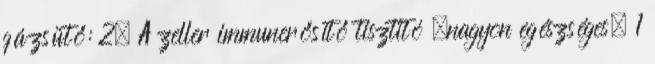
gázsütő: 2. A zeller immunerősítő tisztitó .nagyon egészséges. 1